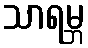
သာရမ္ဘ